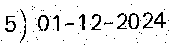
5) 01-12-2024